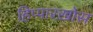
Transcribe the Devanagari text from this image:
हिप्पारख़ोस